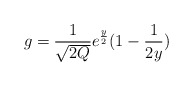
\begin{align*}g = \frac{1}{\sqrt{2Q}}e^{\frac{y}{2}}(1-\frac{1}{2y})\end{align*}